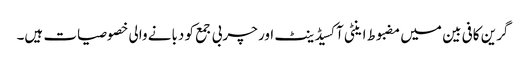
گرین کافی بین میں مضبوط اینٹی آکسیڈینٹ اور چربی جمع کو دبانے والی خصوصیات ہیں۔